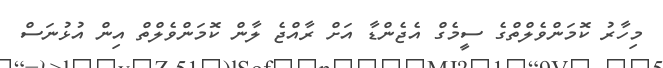
މިހާރު ކޮމަންވެލްތްގެ ސީމެގް އެޖެންޑާ އަށް ރާއްޖެ ލާން ކޮމަންވެލްތް އިން އުޅުނަސް